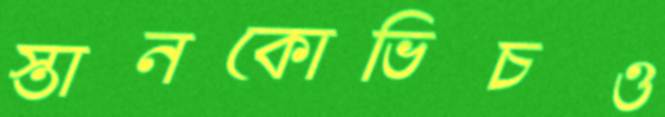
স্তানকোভিচও